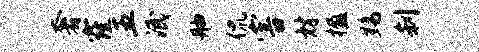
奢窿五泯舳侃害材楹黝刹